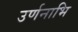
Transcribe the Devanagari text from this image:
उर्णनाभि